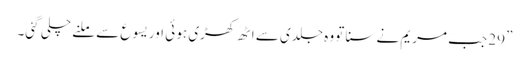
” 29 جب مریم نے سنا تو وہ جلدی سے اٹھ کھڑی ہو ئی اور یسوع سے ملنے چلی گئی۔